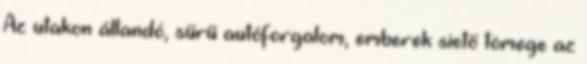
Az utakon állandó, sűrű autóforgalom, emberek siető tömege az